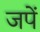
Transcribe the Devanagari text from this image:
जपें